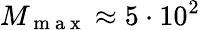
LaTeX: M_{\mathrm{~m~a~x~}}\approx 5\cdot 10^{2}